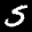
Label: 5